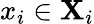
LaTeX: x_{i}\in\mathbf{X}_{i}